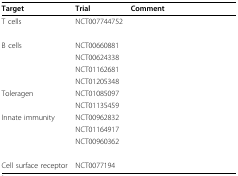
<table><thead><tr><td><b>Target</b></td><td><b>Trial</b></td><td><b>Comment</b></td></tr></thead><tbody><tr><td>T cells</td><td>NCT007744752</td><td>[EMPTY_CELL]</td></tr><tr><td>[EMPTY_CELL]</td><td>[EMPTY_CELL]</td><td>[EMPTY_CELL]</td></tr><tr><td>B cells</td><td>NCT00660881</td><td>[EMPTY_CELL]</td></tr><tr><td>[EMPTY_CELL]</td><td>NCT00624338</td><td>[EMPTY_CELL]</td></tr><tr><td>[EMPTY_CELL]</td><td>NCT01162681</td><td>[EMPTY_CELL]</td></tr><tr><td>[EMPTY_CELL]</td><td>NCT01205348</td><td>[EMPTY_CELL]</td></tr><tr><td>Toleragen</td><td>NCT01085097</td><td>[EMPTY_CELL]</td></tr><tr><td>[EMPTY_CELL]</td><td>NCT01135459</td><td>[EMPTY_CELL]</td></tr><tr><td>Innate immunity</td><td>NCT00962832</td><td>[EMPTY_CELL]</td></tr><tr><td>[EMPTY_CELL]</td><td>NCT01164917</td><td>[EMPTY_CELL]</td></tr><tr><td>[EMPTY_CELL]</td><td>NCT00960362</td><td>[EMPTY_CELL]</td></tr><tr><td>[EMPTY_CELL]</td><td>[EMPTY_CELL]</td><td>[EMPTY_CELL]</td></tr><tr><td>Cell surface receptor</td><td>NCT0077194</td><td>[EMPTY_CELL]</td></tr></tbody></table>